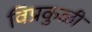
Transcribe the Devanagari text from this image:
विप्रकुळी